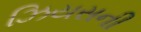
ઝિયસની